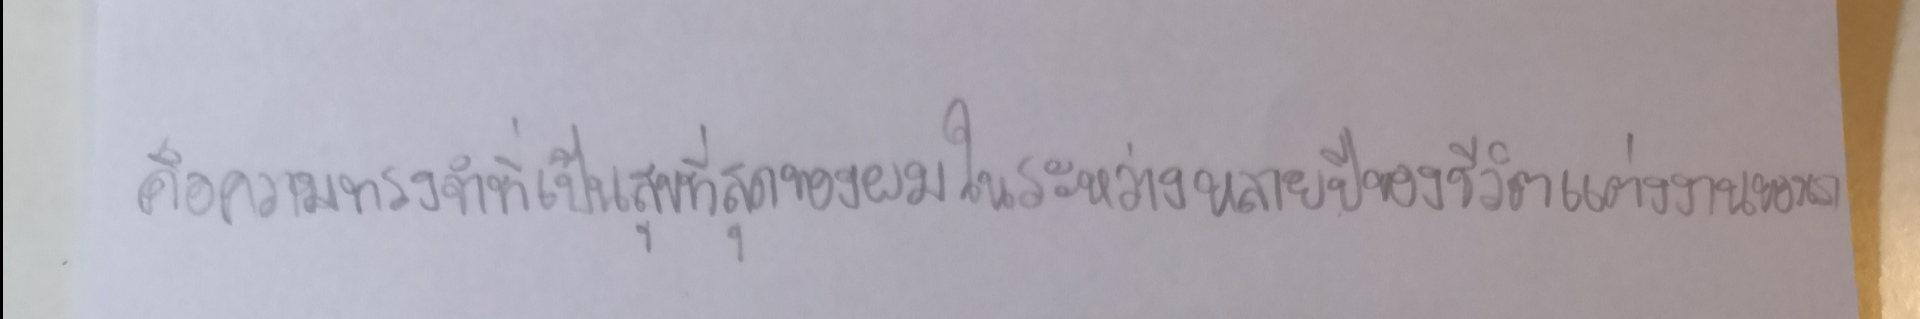
คือความทรงจำที่เป็นสุขที่สุดของผมในระหว่างหลายปีของชีวิตแต่งงานของเรา